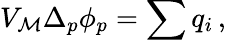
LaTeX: V_{\cal M}\Delta_{p}\phi_{p}=\sum q_{i}\, ,